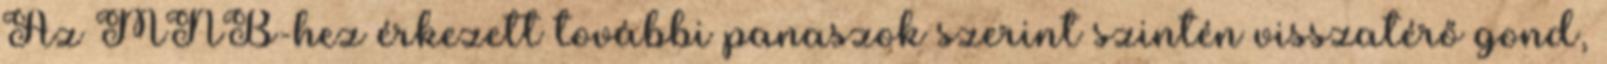
Az MNB-hez érkezett további panaszok szerint szintén visszatérő gond,